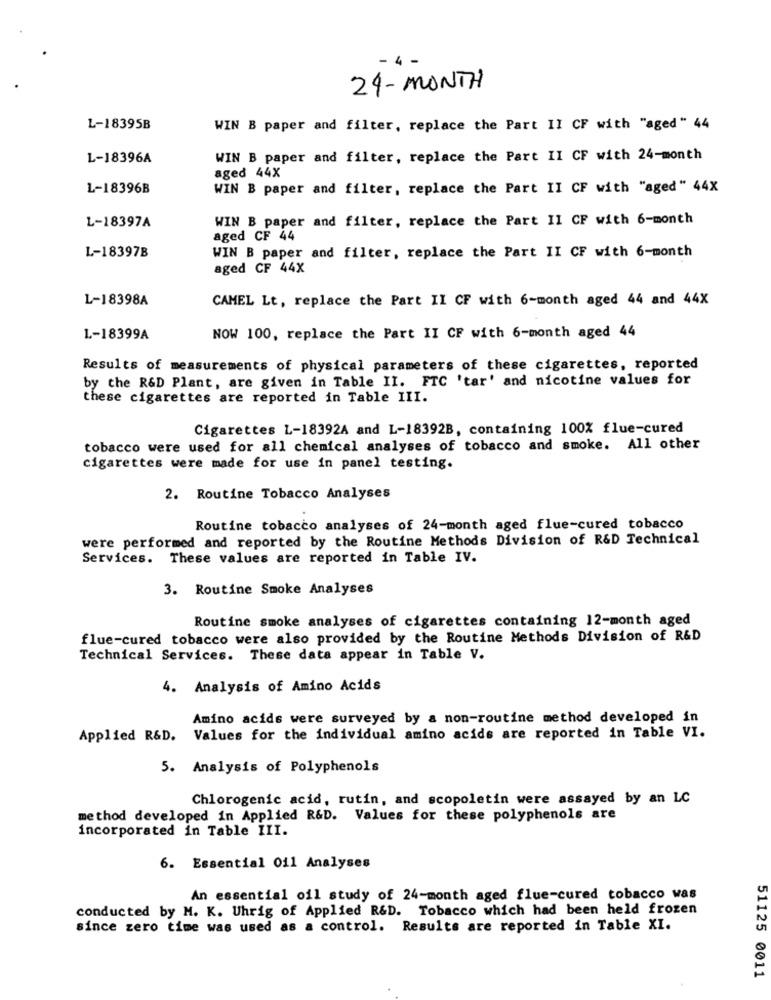
24-MONTH
L-18395B
WIN B paper and filter, replace the Part II CF with "aged" 44
L-18396A
WIN B paper and filter, replace the Part II CF with 24-month
aged 44X
L-18396B
WIN B paper and filter, replace the Part II CF with "aged" 44X
WIN B paper and filter, replace the Part II CF with 6-month
L-18397A
aged CF 44
L-18397B
WIN B paper and filter, replace the Part II CF with 6-month
aged CF 44X
L-18398A
CAMEL Lt, replace the Part II CF with 6-month aged 44 and 44X
1 .- 18399A
NOW 100, replace the Part II CF with 6-month aged 44
Results of measurements of physical parameters of these cigarettes, reported
by the R&D Plant, are given in Table II. FTC 'tar' and nicotine values for
these cigarettes are reported in Table III.
Cigarettes L-18392A and L-18392B, containing 100% flue-cured
tobacco were used for all chemical analyses of tobacco and smoke. All other
cigarettes were made for use in panel testing.
2. Routine Tobacco Analyses
Routine tobacco analyses of 24-month aged flue-cured tobacco
were performed and reported by the Routine Methods Division of R&D Technical
Services. These values are reported in Table IV.
3. Routine Smoke Analyses
Routine smoke analyses of cigarettes containing 12-month aged
flue-cured tobacco were also provided by the Routine Methods Division of R&D
Technical Services. These data appear in Table V.
4. Analysis of Amino Acids
Amino acids were surveyed by a non-routine method developed in
Applied R&D. Values for the individual amino acids are reported in Table VI.
5. Analysis of Polyphenols
Chlorogenic acid, rutin, and scopoletin were assayed by an LC
method developed in Applied R&D. Values for these polyphenols are
incorporated in Table III.
6. Essential Oil Analyses
An essential oil study of 24-month aged flue-cured tobacco was
conducted by M. K. Uhrig of Applied R&D. Tobacco which had been held frozen
since zero time was used as a control. Results are reported in Table XI.
51125 0011